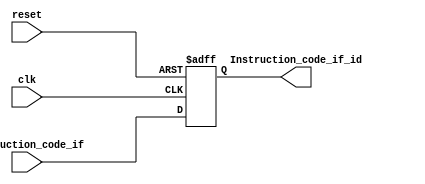
`timescale 1ns / 1ps

module IF_ID(
input clk,
input reset,
input [7:0]Instruction_code_if,
output reg [7:0]Instruction_code_if_id
    );
always@(posedge clk, negedge reset)
if(reset == 0)
begin
    Instruction_code_if_id = 8'b0;
end
else
begin
    Instruction_code_if_id = Instruction_code_if;
end
endmodule